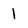
Character: 1